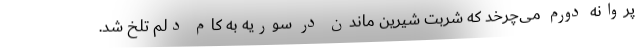
پروانه دورم می‌چرخد که شربت شیرین ماندن در سوریه به کام دلم تلخ شد.